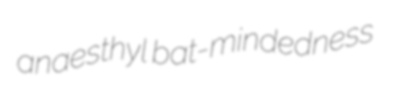
anaesthyl bat-mindedness